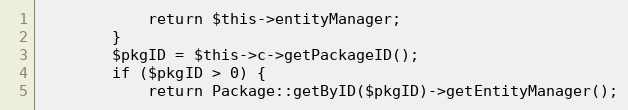
Language: PHP
            return $this->entityManager;
        }
        $pkgID = $this->c->getPackageID();
        if ($pkgID > 0) {
            return Package::getByID($pkgID)->getEntityManager();